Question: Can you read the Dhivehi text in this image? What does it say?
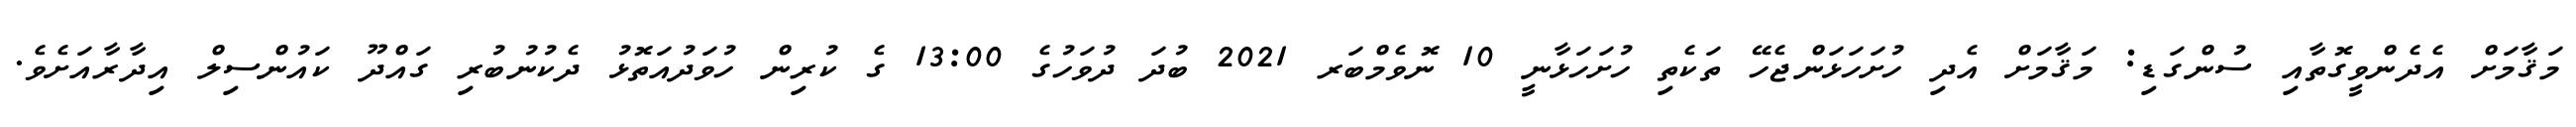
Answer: މަޤާމަށް އެދެންވީގޮތާއި ސުންގަޑި: މަޤާމަށް އެދި ހުށަހަޅަންޖެހޭ ތަކެތި ހުށަހަޅާނީ 10 ނޮވެމްބަރ 2021 ބުދަ ދުވަހުގެ 13:00 ގެ ކުރިން ހުވަދުއަތޮޅު ދެކުނުބުރި ގައްދޫ ކައުންސިލް އިދާރާއަށެވެ.